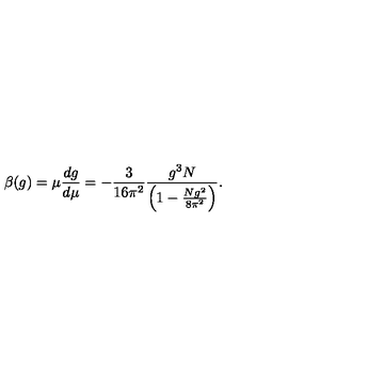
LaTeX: \beta ( g ) = \mu \frac { d g } { d \mu } = - \frac { 3 } { 1 6 \pi ^ { 2 } } \frac { g ^ { 3 } N } { \left( 1 - \frac { N g ^ { 2 } } { 8 \pi ^ { 2 } } \right) } .